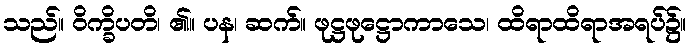
သည်။ ဝိက္ခိပတိ၊ ၏။ ပန၊ ဆက်။ ဖုဋ္ဌဖုဋ္ဌောကာသေ၊ ထိရာထိရာအရပ်၌။